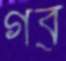
গব্